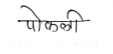
मजकूर: पोकळी